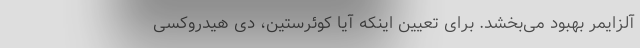
آلزایمر بهبود می‌بخشد. برای تعیین اینکه آیا کوئرستین، دی هیدروکسی